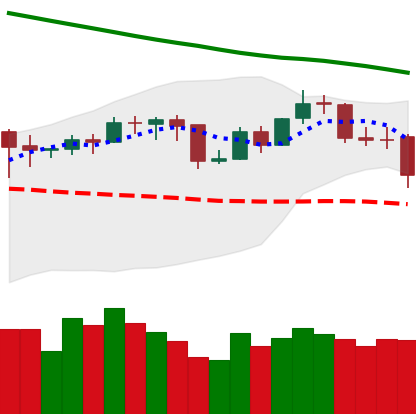
Ticker: BNB-USD
Chart end date: 2019-11-18
Forward return: -14.999%
Label: down_7plus